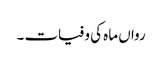
رواں ماہ کی وفیات ۔